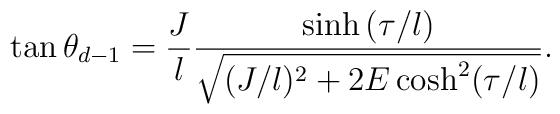
\tan\theta_{d-1}=\frac{J}{l}\frac{\sinh{(\tau/l)}}{\sqrt{(J/l)^2+2E\cosh^2(\tau/l)}}.